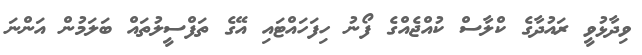
ވިދާޅުވީ ރައުދާގެ ކްލާސް ކުއްޖެއްގެ ފޯނު ހިފަހައްޓައި އޭގެ ތަފްސީލުތައް ބަލަމުން އަންނަ